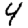
Digit: 4